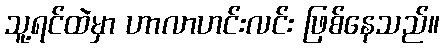
သူ့ရင်ထဲမှာ ဟာလာဟင်းလင်း ဖြစ်နေသည်။